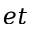
e t